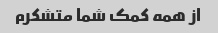
از همه کمک شما متشکرم